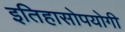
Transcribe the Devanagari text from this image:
इतिहासोपयोगी